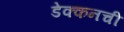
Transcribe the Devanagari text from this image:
डेक्कनची